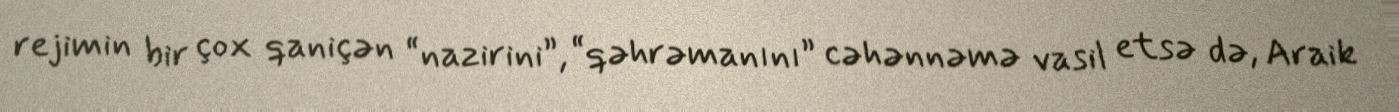
rejimin bir çox qaniçən “nazirini”, “qəhrəmanını” cəhənnəmə vasil etsə də, Araik